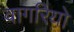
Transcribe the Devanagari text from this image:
वागरियो